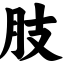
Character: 肢